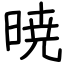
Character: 暁